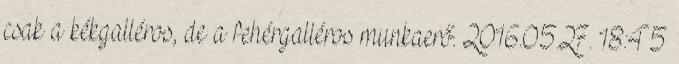
csak a kékgalléros, de a fehérgalléros munkaerő. 2016.05.27. 18:45